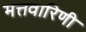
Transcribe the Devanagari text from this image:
मत्तवारिणी